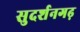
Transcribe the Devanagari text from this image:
सुदर्शनगढ़